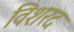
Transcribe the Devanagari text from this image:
विशरद